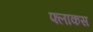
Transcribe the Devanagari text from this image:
फ्लाकस